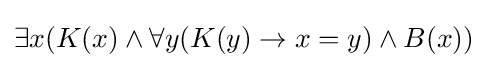
\exists x(K(x)\land \forall y(K(y)\rightarrow x=y)\land B(x))